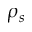
\rho _ { s }